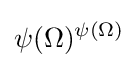
\psi (\Omega )^{\psi (\Omega )}